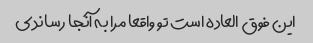
این فوق العاده است تو واقعا مرا به آنجا رساندی